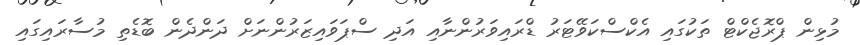
މުޅިން ޕްރޮޖެކްޓް ތަކުގައި އެކްސްކަވޭޓަރު ޑްރައިވަރުންނާއި އަދި ސްޕަވައިޒަރުންނަށް ދަންދެން ބޮޑެތި މުސާރައިގައި